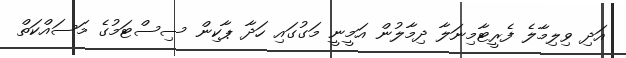
އަދި ވިލިމާލެ ފެރީޓާމިނަލާ ދިމާލުން އަމީނީ މަގުގައި ހަދާ ޕާކިން ސިސްޓަމުގެ މަސައްކަތް